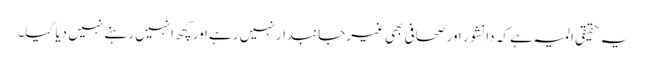
یہ حقیقی المیہ ہے کہ دانشور اور صحافی بھی غیرجانبدار نہیں رہے اور کچھ انہیں رہنے نہیں دیا گیا۔